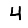
Digit: 4